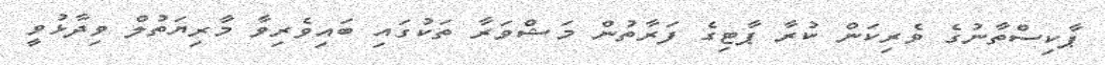
ޕާކިސްތާނުގެ ވެރިކަން ކުރާ ޕާޓިގެ ފަރާތުން މަޝްވަރާ ތަކުގައި ބައިވެރިވާ މާރިޔަތުލް ވިދާޅުވީ